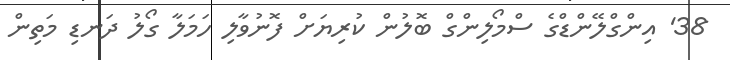
38' އިންގްލޭންޑްގެ ސްމޯލިންގް ބޮލުން ކުރިޔަށް ފޮނުވާލި ހަމަލާ ގޯލު ދަނޑި މަތިން